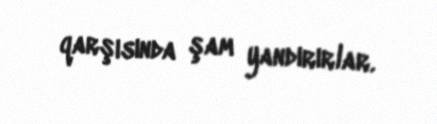
qarşısında şam yandırırlar.